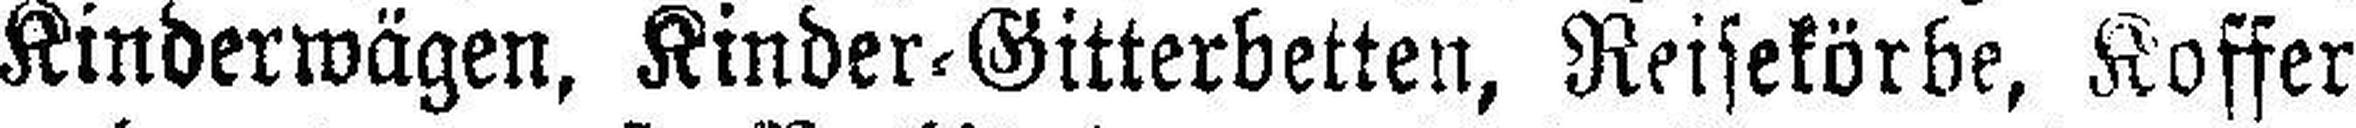
Kinderwägen, Kinder-Gitterbetten, Reisekörbe, Koffer